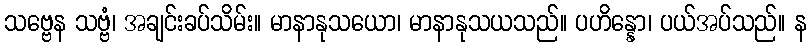
သဗ္ဗေန သဗ္ဗံ၊ အချင်းခပ်သိမ်း။ မာနာနုသယော၊ မာနာနုသယသည်။ ပဟိန္နော၊ ပယ်အပ်သည်။ န